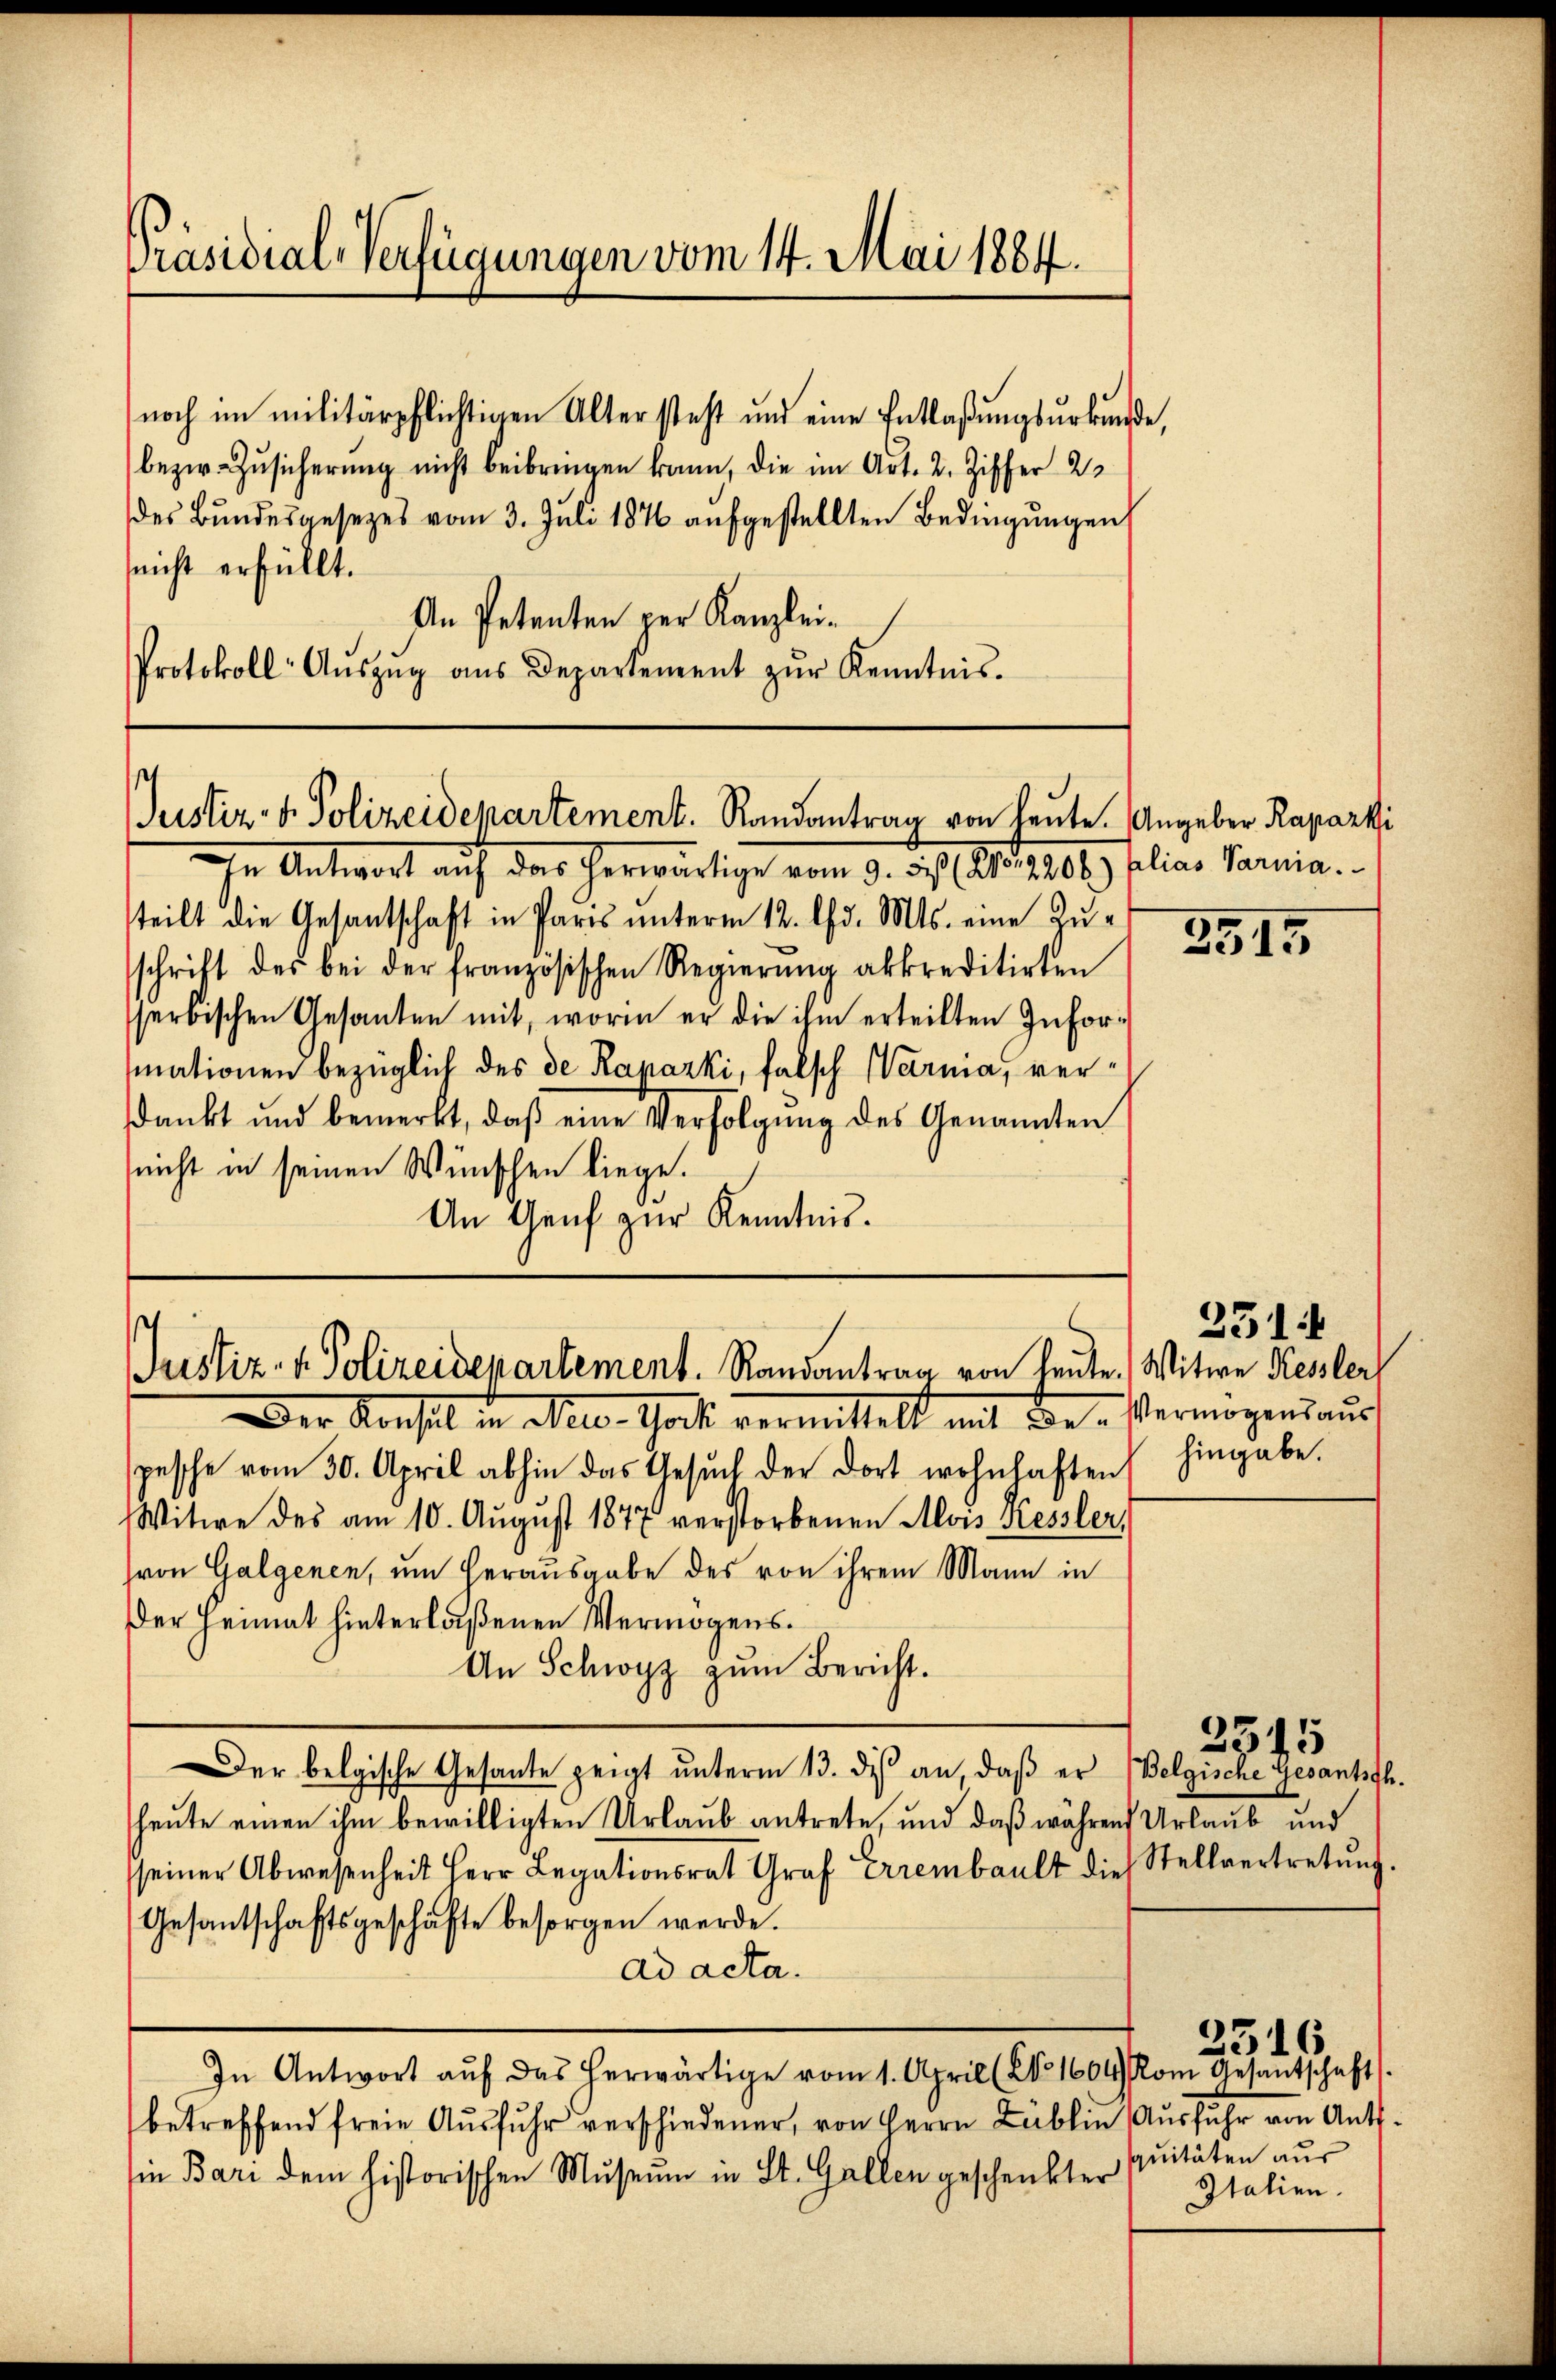
Präsidial-Verfügungen vom 14. Mai 1884.

noch im militärpflichtigen Altersteht und eine Entlaßungsurkunde,
bezir. Zŭsicherŭng nicht beibringen kann, die im Art. 2. Ziffer 2
des Bŭndesgesezes vom 3. Juli 1876 aufgestellten Bedingungen
(nicht erfüllt.
An Petenten per Kanzlei¬
Protokoll- Aŭszŭg aŭs Departement zŭr Kenntnis.

Justiz- & Polizeidepartement. Randantrag von heute. Angeber Raparki

in Antwort auf das herwärtige vom 3. des 1810. polias Sania.
teilt die Gesantschaft in Paris unterm 12. Chr. Mts. eine Zuschrift des bei der französischen Regierŭng akkreditirten
serbischen Gesanten mit, worin er die ihm erteilten Informationen bezüglich des de Raparki, falsch Warnia, verdankt und bemerkt, daβ eine Verfolgŭng des Genannten
(nicht in seinen Wünschen liege.
An Genf zur Kenntnis.

Justiz- & Polizeidepartement. Randantrag von heute.

Der Konseil in Neu- Gott vermittelt mit Be- Vermögensaŭs
spesche vom 30. April abhin das Gesŭch der dort wohnhaften
Witwe des am 10. August 1877 verstorbenen Alois Kessler,
von Galgenen, um herausgabe des von ihrem Mann in
Der Heimat hinterlaßenen Vermögens¬
An Schwyz zum Bericht.
Der belgische Gesante zeigt ŭnterm 13. di an, daß er (Belgische Gesantsch.
heute einen ihm bewilligten Urlaub antrete, und daß währen Urlaub und
seiner Abwesenheit Herr Legationsrat Graf Errembault die Stellvertretung.
Gesantschaftsgeschäfte besorgen werde.
ad acta.
In Antwort aŭf das herwärtige vom 1. April (NNo. 1664 Rom Gesantschaft.
betreffend freie Aŭsfuhr verschiedener, von Herrn Lublin Ausfuhr von Antsin Bari dem historischen Museum in St. Gallen geschenkte suitäten aŭs

3515

231
Witwe Kessler
hingabe.

2516

2515

Italien.